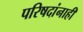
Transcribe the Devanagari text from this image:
परिषदांनाही